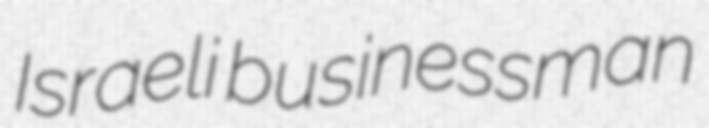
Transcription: Israeli businessman